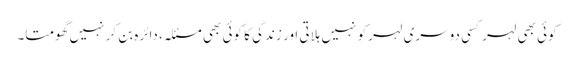
کوئی بھی لہر کسی دوسری لہر کو نہیں ہلاتی اور زندگی کا کوئی بھی مسئلہ، دائرہ بن کر نہیں گھومتا۔